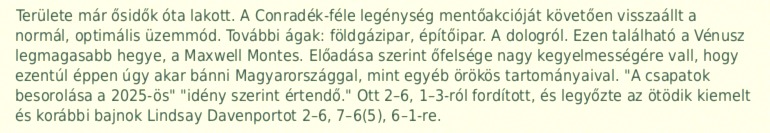
Területe már ősidők óta lakott. A Conradék-féle legénység mentőakcióját követően visszaállt a normál, optimális üzemmód. További ágak: földgázipar, építőipar. A dologról. Ezen található a Vénusz legmagasabb hegye, a Maxwell Montes. Előadása szerint őfelsége nagy kegyelmességére vall, hogy ezentúl éppen úgy akar bánni Magyarországgal, mint egyéb örökös tartományaival. "A csapatok besorolása a 2025-ös" "idény szerint értendő." Ott 2–6, 1–3-ról fordított, és legyőzte az ötödik kiemelt és korábbi bajnok Lindsay Davenportot 2–6, 7–6(5), 6–1-re.